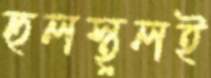
হুলস্থুলই